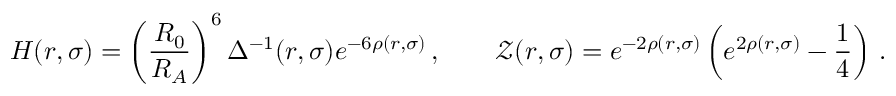
H ( r , \sigma ) = \left( \frac { R _ { 0 } } { R _ { A } } \right) ^ { 6 } \Delta ^ { - 1 } ( r , \sigma ) e ^ { - 6 \rho ( r , \sigma ) } \, , \qquad \mathcal { Z } ( r , \sigma ) = e ^ { - 2 \rho ( r , \sigma ) } \left( e ^ { 2 \rho ( r , \sigma ) } - \frac { 1 } { 4 } \right) \, .